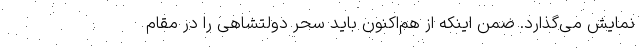
نمایش می‌گذارد. ضمن اینکه از هم‌اکنون باید سحر دولتشاهی را در مقام